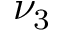
\nu _ { 3 }